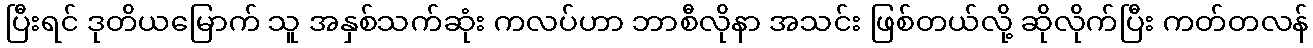
ပြီးရင် ဒုတိယမြောက် သူ အနှစ်သက်ဆုံး ကလပ်ဟာ ဘာစီလိုနာ အသင်း ဖြစ်တယ်လို့ ဆိုလိုက်ပြီး ကတ်တလန်